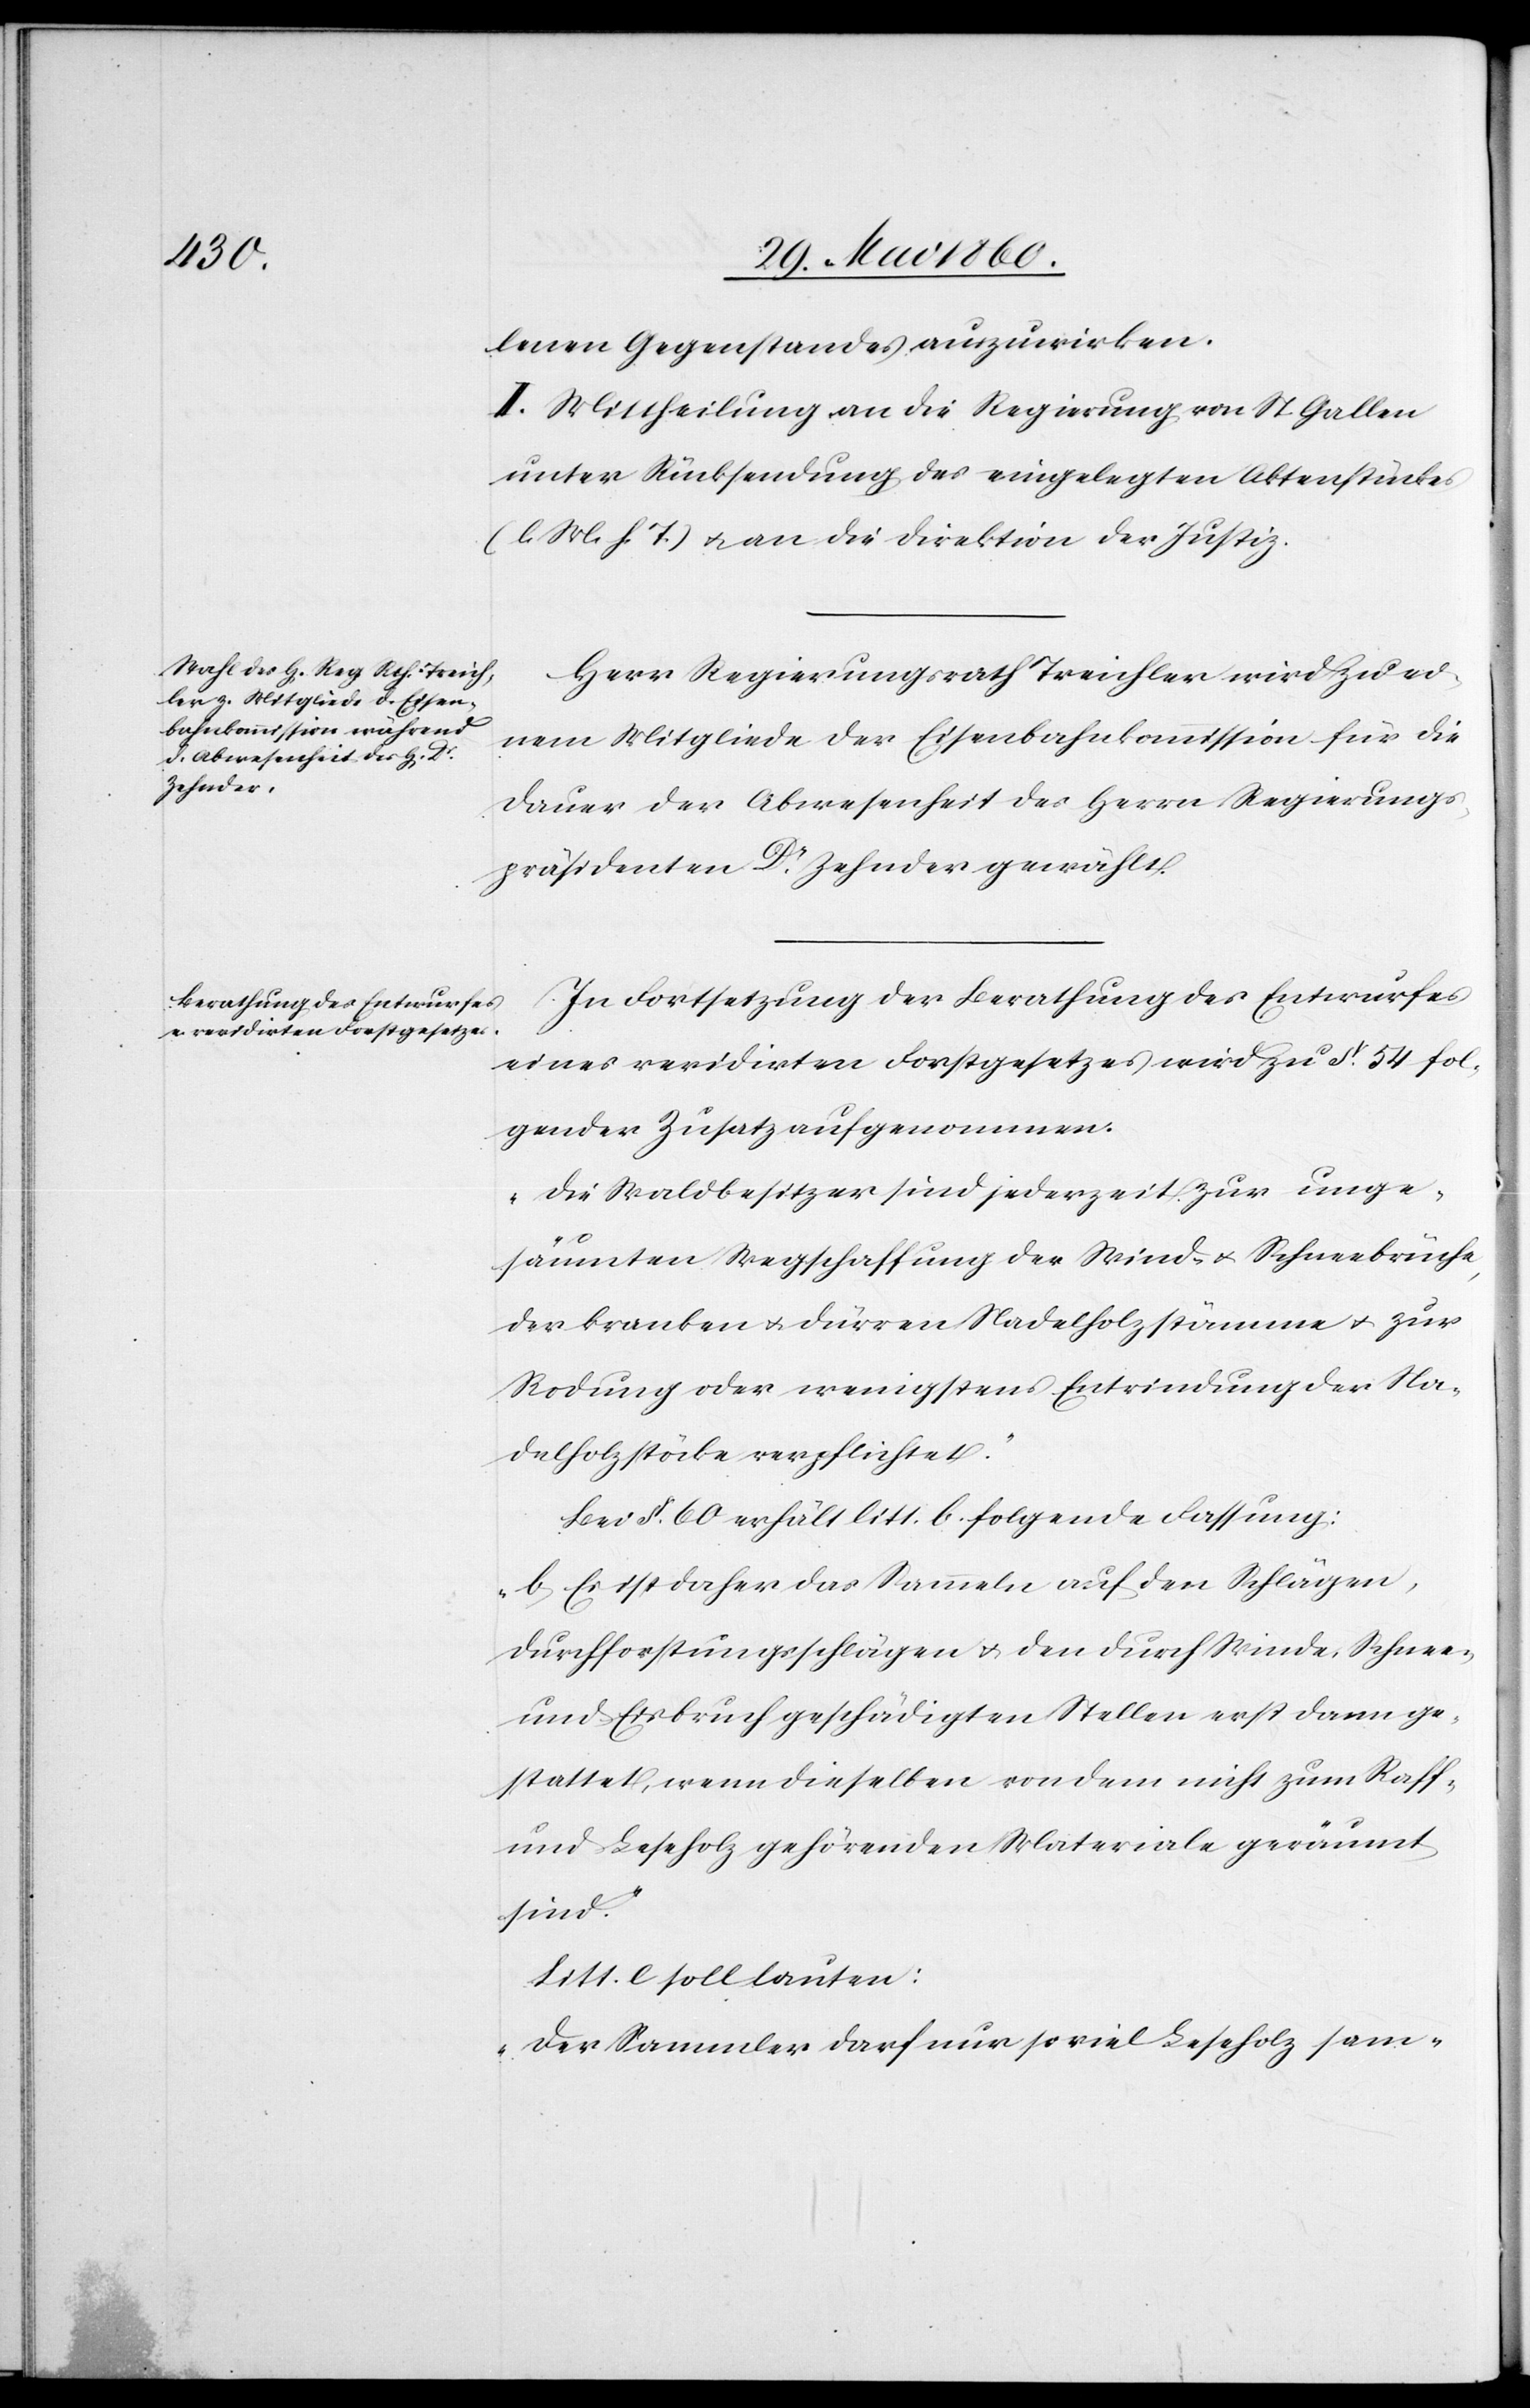
lenen Gegenstandes auszuwirken.
II. Mittheilung an die Regierung von St. Gallen
unter Rücksendung des eingelegten Aktenstückes
(l. M. h. T) u. an die Direktion der Justiz.
Herr Regierungsrath Treichler wird zu ei¬
nem Mitgliede der Eisenbahnkommission für die
Dauer der Abwesenheit des Herrn Regierungs¬
präsidenten Dr Zehnder gewählt.
In Fortsetzung der Berathung des Entwurfes
eines revidirten Forstgesetzes wird zu §. 54 fol¬
gender Zusatz aufgenommen.
„Die Walsbesitzer sind jederzeit zur unge¬
säumten Wegschaffung der Wind- u. Schneebrüche,
der kranken u. dürren Nadelholzstämme u. zur
Rodung oder wenigstens Entrindung der Na¬
delholzstöcke verpflichtet.“
Bei §. 60. litt. b. folgende Fassung:
„b. Es ist daher das Sammeln auf den Schlägen,
Durchforstungsschlägen u. den durch Winde, Schnee-
und Eisbruch geschädigten Stellen erst dann ge¬
stattet, wenn dieselben von dem nicht zum Raff-
und Leseholz gehörenden Materiale geräumt
sind.“
Litt. e. soll lauten.
„Der Sammler darf nur so viel Leseholz sam-